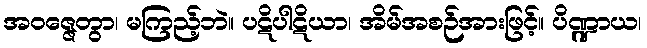
အဝဇ္ဇေတွာ၊ မကြည့်ဘဲ။ ပဋိပါဋိယာ၊ အိမ်အစဉ်အားဖြင့်။ ပိဏ္ဍာယ၊